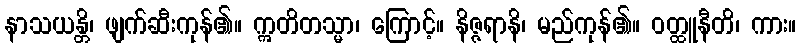
နာသယန္တိ၊ ဖျက်ဆီးကုန်၏။ ဣတိတသ္မာ၊ ကြောင့်။ နိဇ္ဇရာနိ၊ မည်ကုန်၏။ ဝတ္ထူနီတိ၊ ကား။